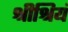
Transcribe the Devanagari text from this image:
श्रीश्रियं